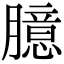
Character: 臆